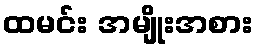
ထမင်း အမျိုးအစား